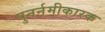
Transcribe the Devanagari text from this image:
पुनर्नमीकारक